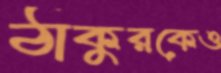
ঠাকুরকেও